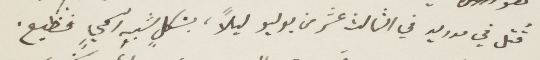
قتل في مدريد في الثالث عشر من يوليو ليلًا، بشكل شبه اسمي فظيع.